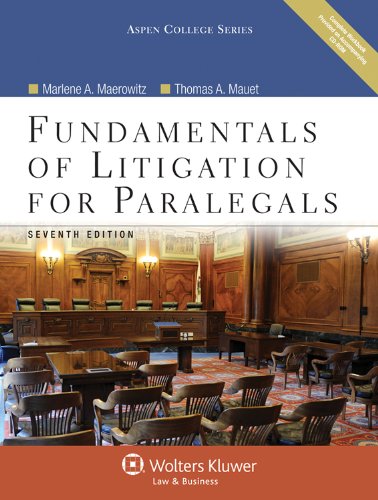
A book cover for Fundamentals of Litigation for Paralegals, Seventh Edition with CD (Aspen College Series); Marlene A. Maerowitz; Law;